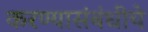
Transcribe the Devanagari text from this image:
करण्यासंबंधीचे